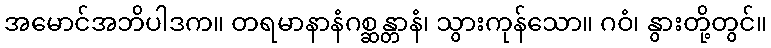
အမောင်အဘိပါဒက။ တရမာနာနံဂစ္ဆန္တာနံ၊ သွားကုန်သော။ ဂဝံ၊ နွားတို့တွင်။